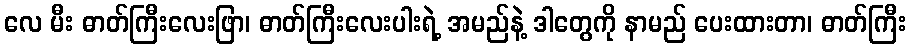
လေ မီး ဓာတ်ကြီးလေးဖြာ၊ ဓာတ်ကြီးလေးပါးရဲ့ အမည်နဲ့ ဒါတွေကို နာမည် ပေးထားတာ၊ ဓာတ်ကြီး